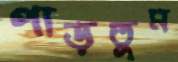
পাড়তুম